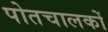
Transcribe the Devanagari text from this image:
पोतचालकों